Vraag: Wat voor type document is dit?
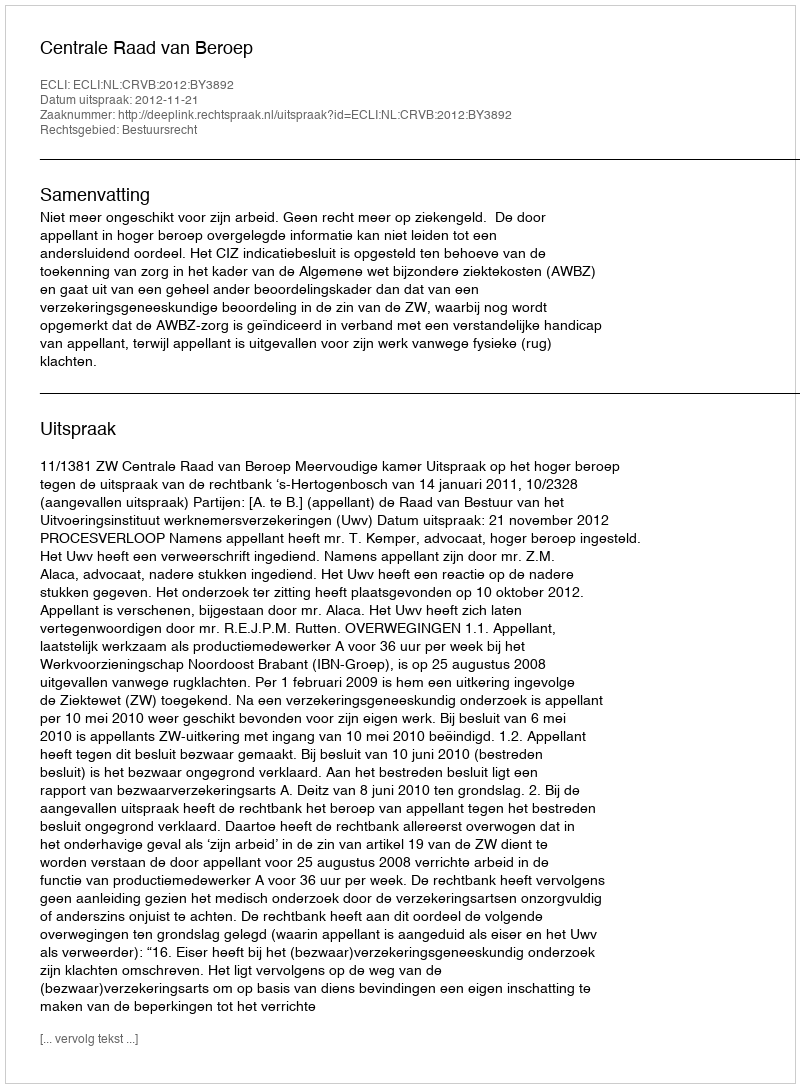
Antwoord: Uitspraak